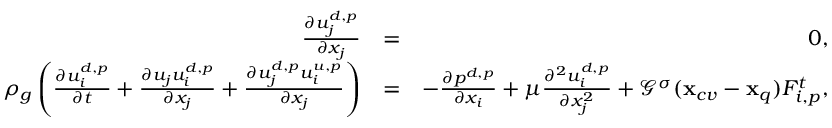
\begin{array} { r l r } { \frac { \partial u _ { j } ^ { d , p } } { \partial x _ { j } } } & { = } & { 0 , } \\ { \rho _ { g } \left( \frac { \partial u _ { i } ^ { d , p } } { \partial t } + \frac { \partial u _ { j } u _ { i } ^ { d , p } } { \partial x _ { j } } + \frac { \partial u _ { j } ^ { d , p } u _ { i } ^ { u , p } } { \partial x _ { j } } \right) } & { = } & { - \frac { \partial p ^ { d , p } } { \partial x _ { i } } + { \mu } \frac { \partial ^ { 2 } { u _ { i } ^ { d , p } } } { \partial x _ { j } ^ { 2 } } + { \mathcal G } ^ { \sigma } ( \mathbf { x } _ { c v } - \mathbf { x } _ { q } ) F _ { i , p } ^ { t } , } \end{array}